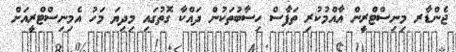
ޖެންޑާރ މިނިސްޓްރީން އާއްމުކުރި ތަފާސް ހިސާބުތަކުން ދައްކާ ގޮތުގައި މިދިޔަ މަހު އެމިނިސްޓްރީއަށް